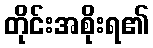
တိုင်းအစိုးရ၏